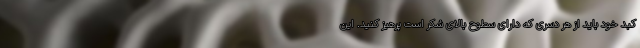
کبد خود باید از هر دسری که دارای سطوح بالای شکر است پرهیز کنید. این